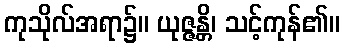
ကုသိုလ်အရာ၌။ ယုဇ္ဇန္တိ၊ သင့်ကုန်၏။